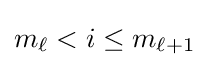
m_{\ell }<i\leq m_{\ell +1}